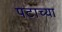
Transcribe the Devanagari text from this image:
पटाच्या